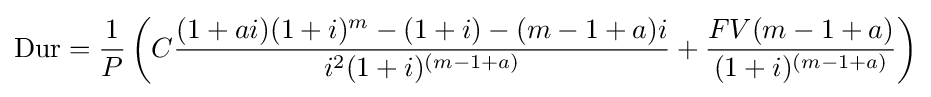
{\text{Dur}}={\frac {1}{P}}\left(C{\frac {(1+ai)(1+i)^{m}-(1+i)-(m-1+a)i}{i^{2}(1+i)^{(m-1+a)}}}+{\frac {FV(m-1+a)}{(1+i)^{(m-1+a)}}}\right)